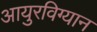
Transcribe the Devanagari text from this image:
आयुरविग्यान